Problem: 3 × 5 = ?
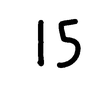
Handwritten answer: 15